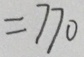
= 7 7 0